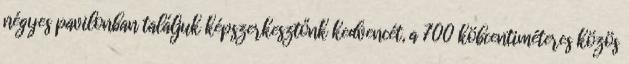
négyes pavilonban találjuk képszerkesztőnk kedvencét, a 700 köbcentiméteres közös